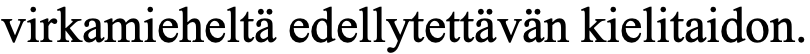
virkamieheltä edellytettävän kielitaidon.